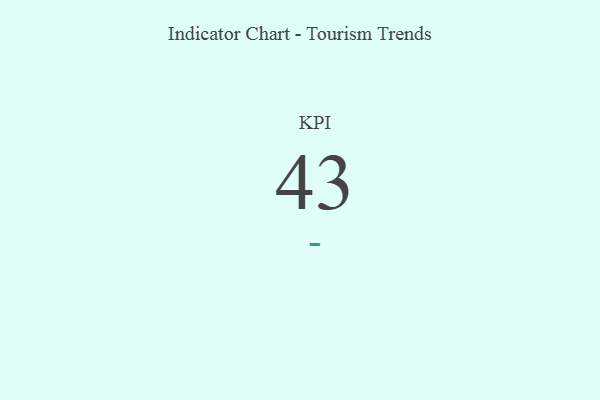
{"axis": {"x": "KPI", "y": "Value"}, "legend": [""], "data": [{"x": "KPI", "y": 43, "type": ""}]}